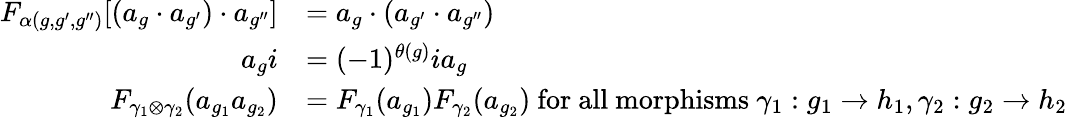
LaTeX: \begin{array}{rl}{F_{\alpha(g,g^{\prime},g^{\prime\prime})}[(a_{g}\cdot a_{g^{\prime}})\cdot a_{g^{\prime\prime}}]}&{=a_{g}\cdot(a_{g^{\prime}}\cdot a_{g^{\prime\prime}})}\\ {a_{g}i}&{=(-1)^{\theta(g)}ia_{g}}\\ {F_{\gamma_{1}\otimes\gamma_{2}}(a_{g_{1}}a_{g_{2}})}&{=F_{\gamma_{1}}(a_{g_{1}})F_{\gamma_{2}}(a_{g_{2}})\mathrm{~for~all~morphisms~}\gamma_{1}:g_{1}\to h_{1},\gamma_{2}:g_{2}\to h_{2}}\end{array}